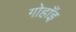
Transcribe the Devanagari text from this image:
गोहाँइ